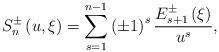
LaTeX: \begin{align*}S_{n}^{\pm }\left( {u,\xi }\right) =\sum\limits_{s=1}^{n-1}\left( \pm1\right) ^{s}{\frac{E_{s+1}^{\pm }\left( \xi \right) }{u^{s}},}\end{align*}